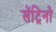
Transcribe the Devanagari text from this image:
सेंट्रिनो